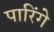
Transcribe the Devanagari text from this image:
पारिंगे